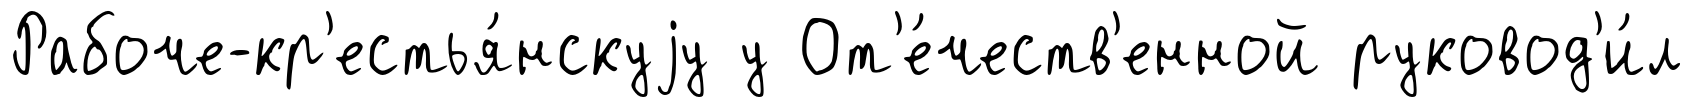
Рабоче-кр'естья́нскуjу у От'е́честв'енной руковод'и́л